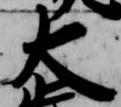
大